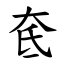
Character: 奃